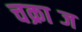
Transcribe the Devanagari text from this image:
चक्राब्ज